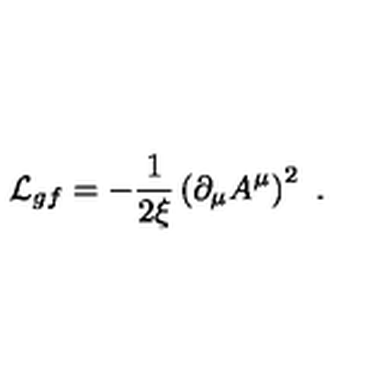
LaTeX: { \cal L } _ { g f } = - \frac { 1 } { 2 \xi } \left( \partial _ { \mu } A ^ { \mu } \right) ^ { 2 } \ .